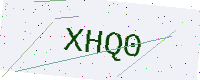
Text: XHQ0